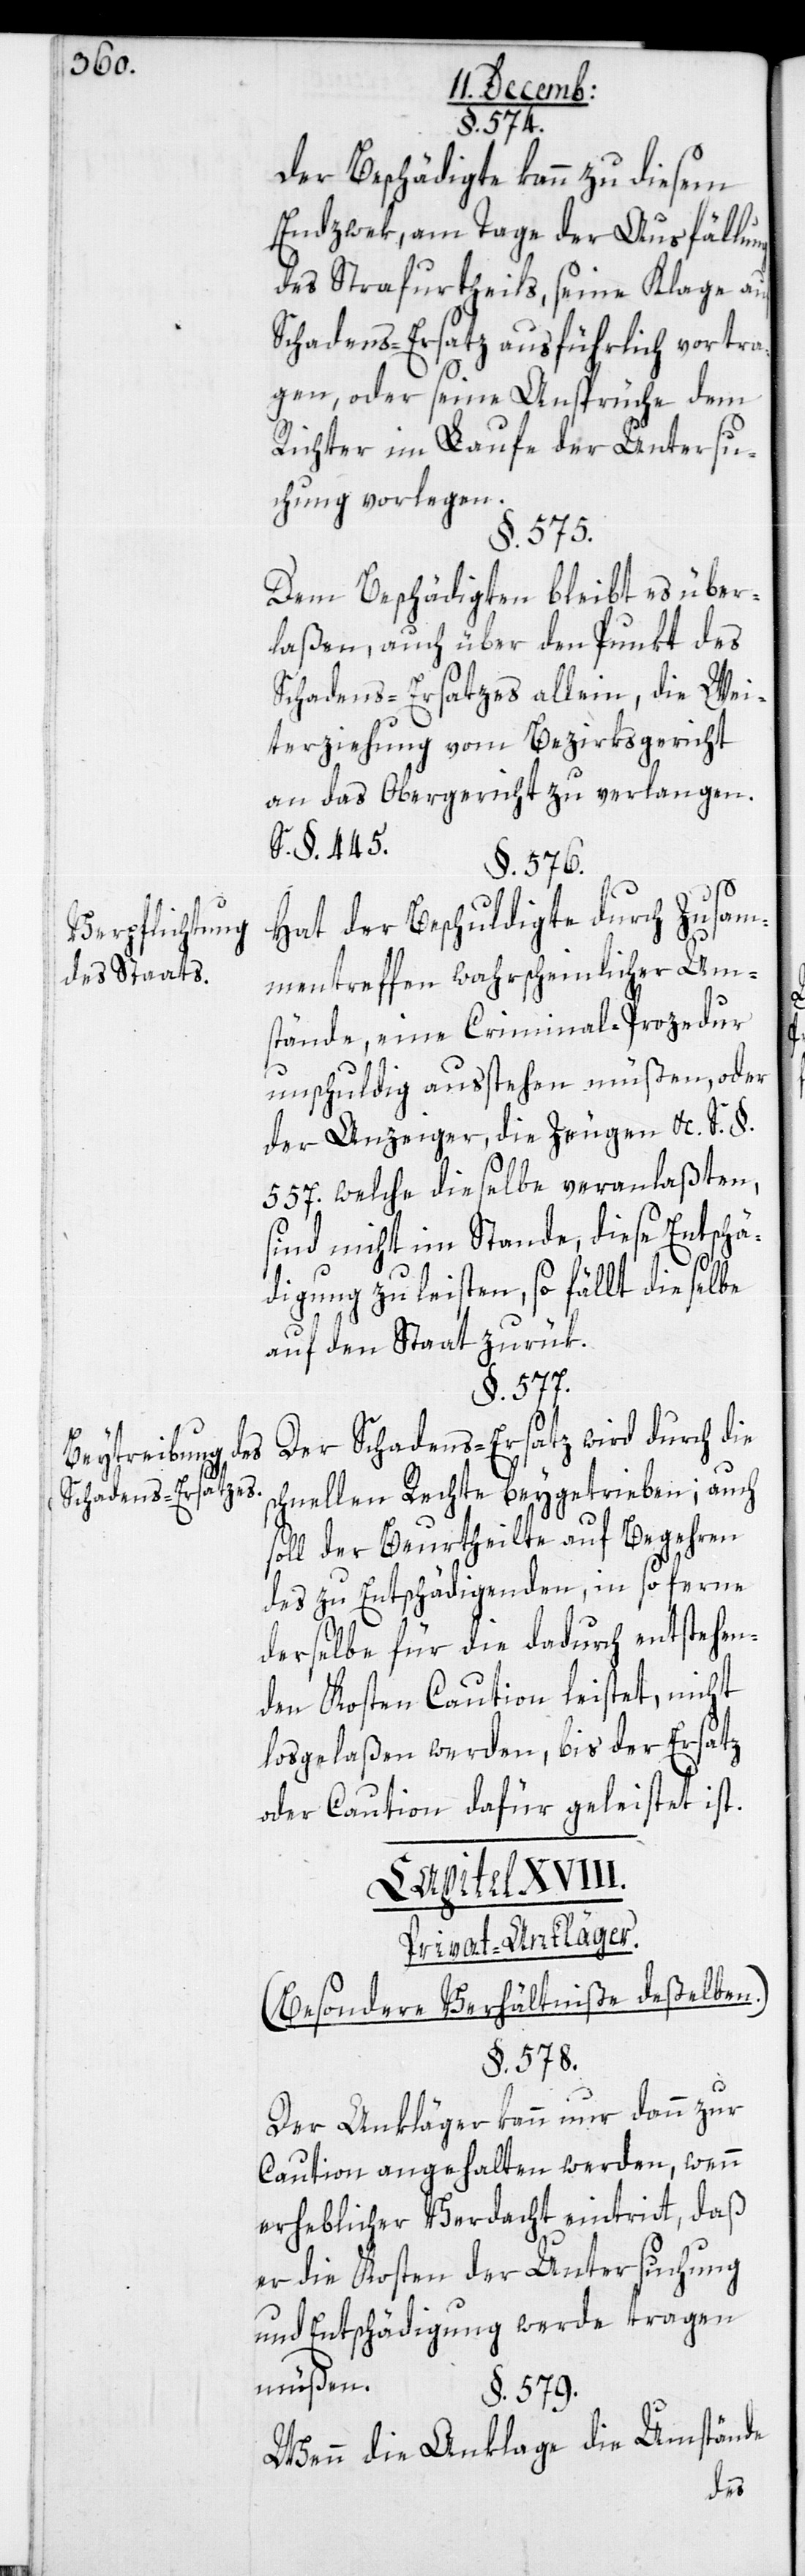
Verpflichtung
des Staats.
Beybringung des
Schadens-Ersatzes.

§. 574.
Der Beschädigte kann zu diesem
Endzwek, am Tage der Ausfällung
des Strafurtheils, seine Klage auf
Schadens-Ersatz ausführlich vortra¬
gen, oder seine Ansprüche dem
Richter im Laufe der Untersu¬
chung vorlegen.
§. 575.
Dem Beschädigten bleibt es über¬
laßen, auch über den Punkt des
Schadens-Ersatzes allein, die Wei¬
terziehung vom Bezirksgericht
an das Obergericht zu verlangen.
S. §. 445.
§. 576.
Hat der Beschuldigte durch Zusam¬
mentreffen wahrscheinlicher Um¬
stände, eine Criminal-Prozedur
unschuldig ausstehen müßen, oder
der Anzeiger, die Zeugen &c., S. §.
557. welche dieselbe veranlaßten,
sind nicht im Stande, diese Entschä¬
digung zu leisten, so fällt dieselbe
auf den Staat zurük.
§. 577.
Der Schadens-Ersatz wird durch die
schnellen Rechte beygetrieben; auch
soll der Beurtheilte auf Begehren
des zu Entschädigenden, in so ferne
derselbe für die dadurch entstehen¬
den Kosten Caution leistet, nicht
losgelaßen werden, bis der Ersatz
oder Caution dafür geleistet ist.
Privat-Ankläger.
(Besondere Verhältniße deßelben.)
§. 578.
Der Ankläger kann nur dann zur
Caution angehalten werden, wenn
erheblicher Verdacht eintritt, daß
er die Kosten der Untersuchung
und Entschädigung werde tragen
müßen.
§. 579.
Wenn die Anklage die Umstände